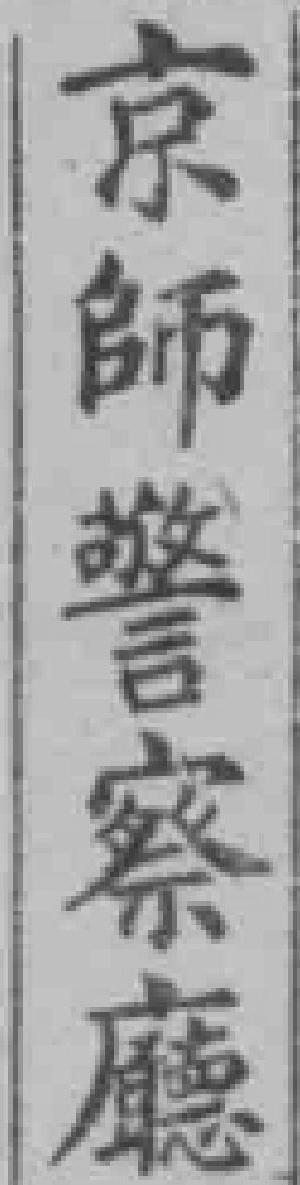
京師警察廳